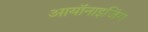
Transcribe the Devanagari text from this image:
आयॉनाइजिंग